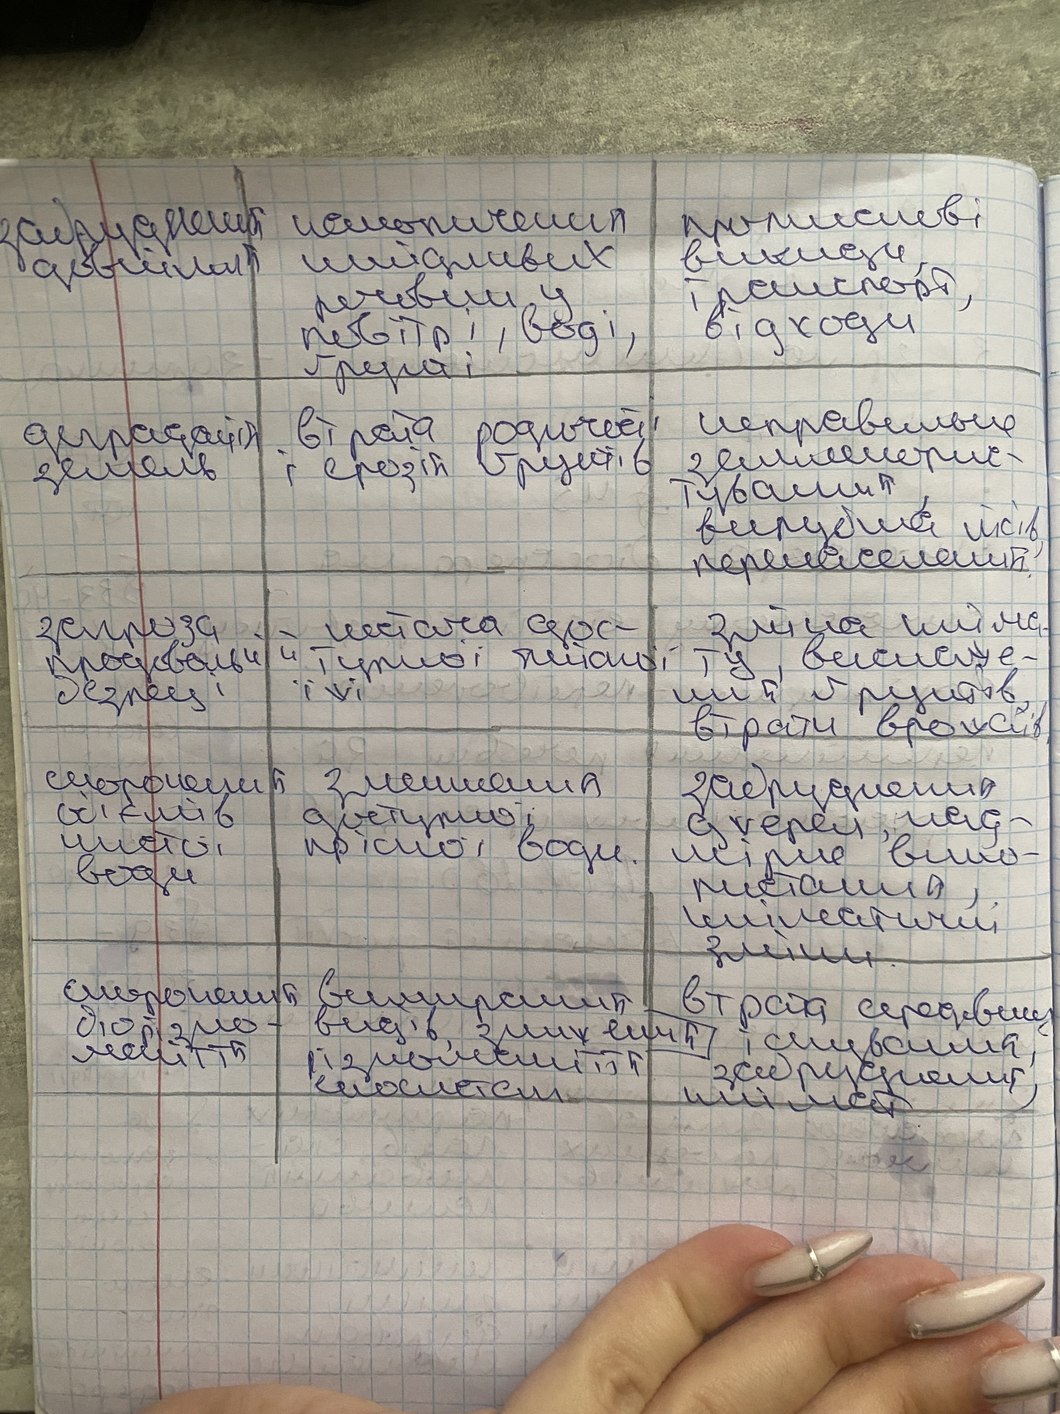
забрудення довкілля |накопичених шкідливих речовин у повітрі,воді,ґрунті | промислові викиди,транспрот,відходи
деградація земель | втрата родючості і ерозія ґрунтів | неправильне землекорис-тування, вирубка лісів, перенаселення.
загроза продовольчій безпеці | нестача дос-тупної  якісної їжі | зміна кліма-ту, виснаже-ний  ґрунтів,  втрати врожаїв.
скорочення об'ємів чистої води | зменшення доступної прісної води. | забруднення джерел, над-мірне вико-ристання, кліматичні зміни.
скорочення біорізно-маніття | вимирання видів, зниження різноманіття екосистем  | втрата середовищ існування, забруднення, клімат